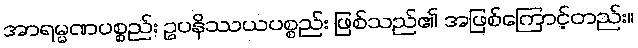
အာရမ္မဏပစ္စည်း ဥပနိဿယပစ္စည်း ဖြစ်သည်၏ အဖြစ်ကြောင့်တည်း။